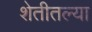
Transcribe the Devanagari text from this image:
शेतीतल्या